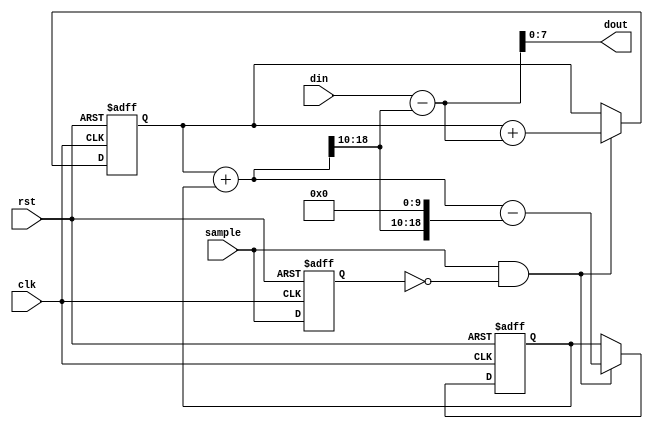
/*  This file is part of JTFRAME.

    JTFRAME is free software: you can redistribute it and/or modify
    it under the terms of the GNU General Public License as published by
    the Free Software Foundation, either version 3 of the License, or
    (at your option) any later version.

    JTFRAME is distributed in the hope that it will be useful,
    but WITHOUT ANY WARRANTY; without even the implied warranty of
    MERCHANTABILITY or FITNESS FOR A PARTICULAR PURPOSE.  See the
    GNU General Public License for more details.

    You should have received a copy of the GNU General Public License
    along with JTFRAME.  If not, see <http://www.gnu.org/licenses/>.

    Author: Jose Tejada Gomez. Twitter: @topapate
    Version: 1.0
    Date: 25-11-2020

    */

// This is pretty much a copy of jt49_dcrm2
// DC removal filter
// input is unsigned
// output is signed

/* verilator tracing_off */
module jtframe_dcrm #(parameter
    SW           = 8,
    SIGNED_INPUT = 0
)(
    input                   rst,
    input                   clk,
    input                   sample,
    input         [SW-1:0]  din,
    output signed [SW-1:0]  dout
);

localparam DW=10; // width of the decimal portion

reg signed [SW+DW:0] integ, exact, error;
reg signed [SW   :0] pre_dout, q;
reg samplel;

always @(*) begin
    exact = integ+error;
    q = exact[SW+DW:DW];
    pre_dout  = { SIGNED_INPUT ? din[SW-1] : 1'b0, din } - q;
end

assign dout = pre_dout[SW-1:0];

always @(posedge clk, posedge rst) begin
    if( rst ) begin
        samplel <= 0;
    end else begin
        samplel <= sample;
    end
end

always @(posedge clk, posedge rst) begin
    if( rst ) begin
        integ <= {SW+DW+1{1'b0}};
        error <= {SW+DW+1{1'b0}};
    end else if( sample & ~samplel ) begin
        /* verilator lint_off WIDTH */
        integ <= integ + pre_dout;
        /* verilator lint_on WIDTH */
        error <= exact-{q, {DW{1'b0}}};
    end
end

endmodule